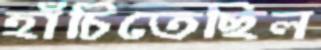
হাঁচিতেছিল